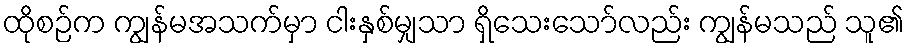
ထိုစဉ်က ကျွန်မအသက်မှာ ငါးနှစ်မျှသာ ရှိသေးသော်လည်း ကျွန်မသည် သူ၏